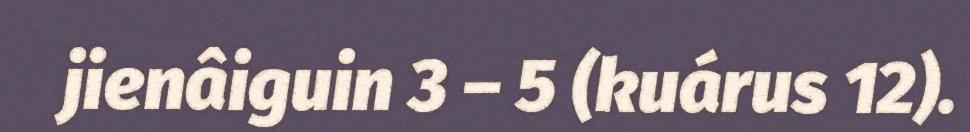
jienâiguin 3 – 5 (kuárus 12).